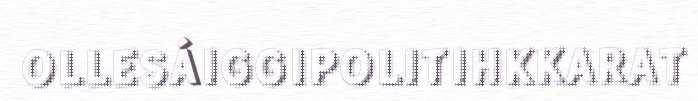
OLLESÁIGGIPOLITIHKKARAT